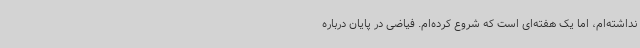
نداشته‌ام، اما یک هفته‌ای است که شروع کرده‌ام. فیاضی در پایان درباره